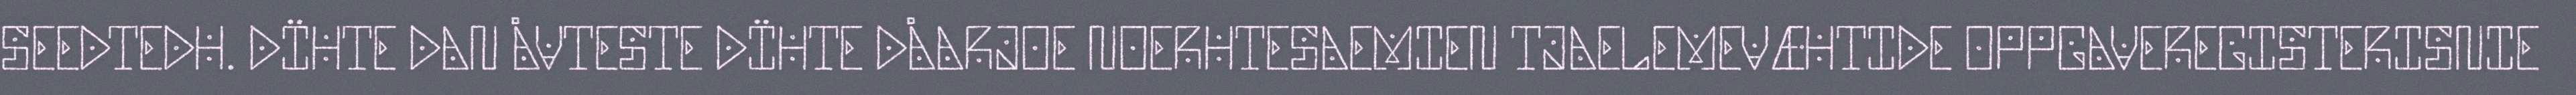
SEEDTEDH. DÏHTE DAN ÅVTESTE DÏHTE DÅARJOE NOERHTESAEMIEN TJAELEMEVÆHTIDE OPPGAVEREGISTERISNIE